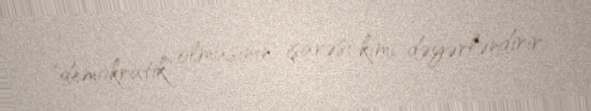
"demokratik" olmasının işarəsi kimi dəyərləndirir.